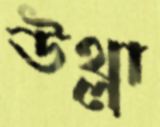
উথ্‌লা